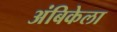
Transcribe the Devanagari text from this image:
अंबिकेला